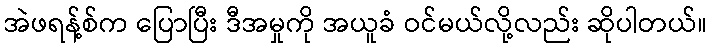
အဲဖရန့်စ်က ပြောပြီး ဒီအမှုကို အယူခံ ဝင်မယ်လို့လည်း ဆိုပါတယ်။